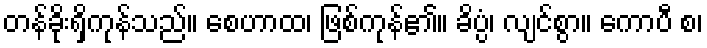
တန်ခိုးရှိကုန်သည်။ စေဟာထ၊ ဖြစ်ကုန်၏။ ခိပ္ပံ၊ လျင်စွာ။ ကောပီ စ၊